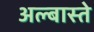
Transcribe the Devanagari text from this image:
अल्बास्ते